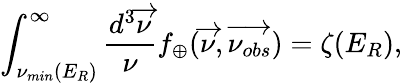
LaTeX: \int_{{\nu}_{min}(E_{R})}^{\infty}\frac{d^{3}\overrightarrow{\nu}}{\nu}f_{\oplus}(\overrightarrow{\nu},\overrightarrow{\nu_{obs}})={\zeta}(E_{R}),